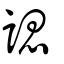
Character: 諰